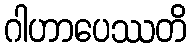
ဂါဟာပေဿတိ